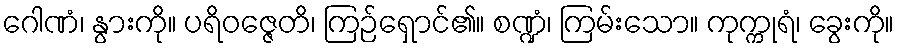
ဂေါဏံ၊ နွားကို။ ပရိဝဇ္ဇေတိ၊ ကြဉ်ရှောင်၏။ စဏ္ဍံ၊ ကြမ်းသော။ ကုက္ကုရံ၊ ခွေးကို။